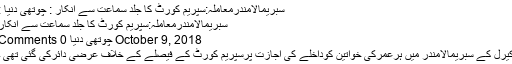
سبریمالامندرمعاملہ:سپریم کورٹ کا جلد سماعت سے انکار : چوتھی دنیا :
سبریمالامندرمعاملہ:سپریم کورٹ کا جلد سماعت سے انکار
October 9, 2018 چوتھی دنیا 0 Comments
کیرل کے سبریمالامندر میں ہرعمرکی خواتین کوداخلے کی اجازت پرسپریم کورٹ کے فیصلے کے خلاف عرضی دائرکی گئی تھی ۔